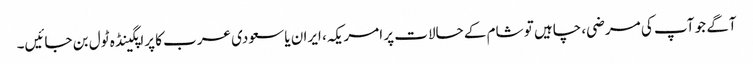
آگے جو آپ کی مرضی، چاہیں تو شام کے حالات پر امریکہ، ایران یا سعودی عرب کا پراپگینڈہ ٹول بن جائیں۔